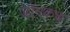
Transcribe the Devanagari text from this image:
डोमकच